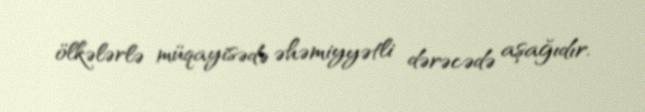
ölkələrlə müqayisədə əhəmiyyətli dərəcədə aşağıdır.